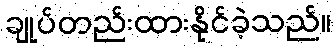
ချုပ်တည်းထားနိုင်ခဲ့သည်။